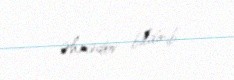
Əhmədov bildirib.